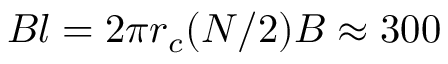
B l = 2 \pi r _ { c } ( N / 2 ) B \approx 3 0 0